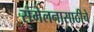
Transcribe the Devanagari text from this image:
संमेलनासाठीचे